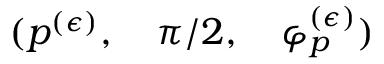
( p ^ { ( \epsilon ) } , \quad \pi / 2 , \quad \varphi _ { p } ^ { ( \epsilon ) } )